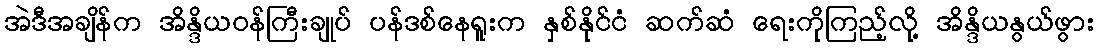
အဲဒီအချိန်က အိန္ဒိယဝန်ကြီးချုပ် ပန်ဒစ်နေရူးက နှစ်နိုင်ငံ ဆက်ဆံ ရေးကိုကြည့်လို့ အိန္ဒိယနွယ်ဖွား